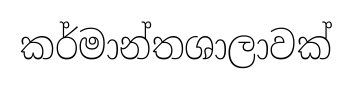
කර්මාන්තශාලාවක්